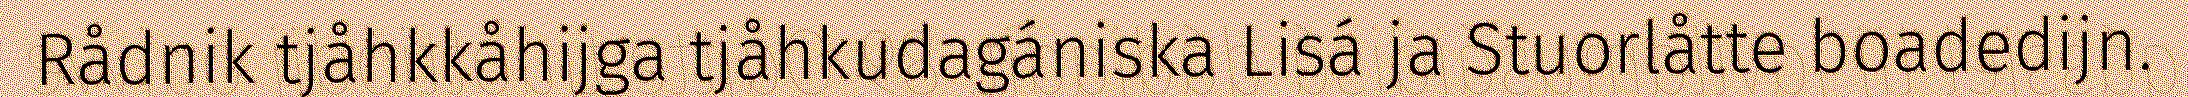
Rådnik tjåhkkåhijga tjåhkudagániska Lisá ja Stuorlåtte boadedijn.